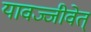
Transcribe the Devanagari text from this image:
यावज्जीवेत्‌